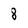
Character: 8